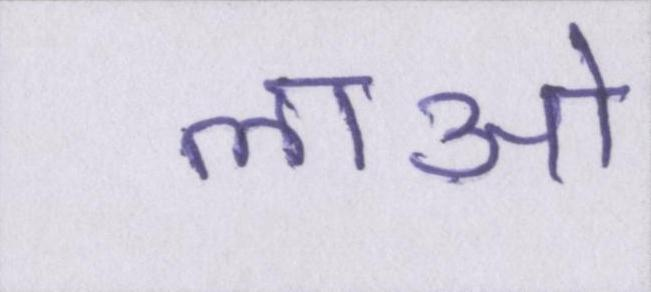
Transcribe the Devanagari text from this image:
लाओ